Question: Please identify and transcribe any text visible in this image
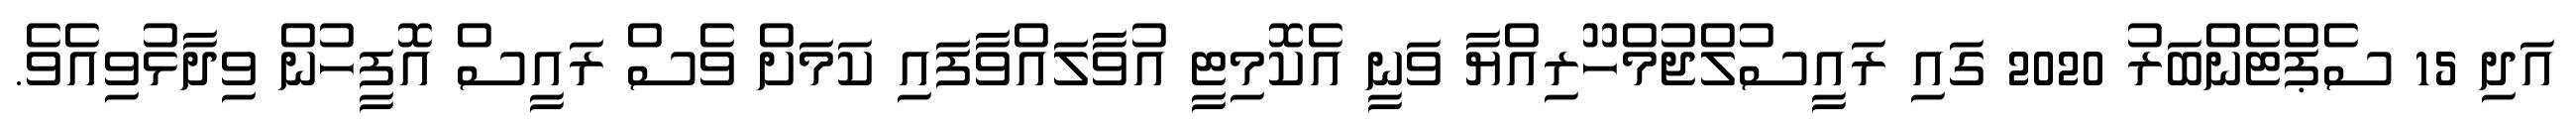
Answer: އަދި 15 ސެޕްޓެންބަރު 2020 ގައި ރައީސުލްޖުމްހޫރިއްޔާ ވަނީ އެކޮމިޓީ އުވާލައްވާފައި ކަމަށް ވެސް ރައީސް އޮފީހުން ވިދާޅުވިއެވެ.